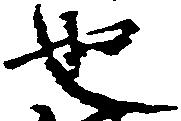
也